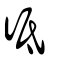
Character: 彽